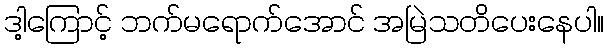
ဒါ့ကြောင့် ဘက်မရောက်အောင် အမြဲသတိပေးနေပါ။